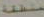
منطقة